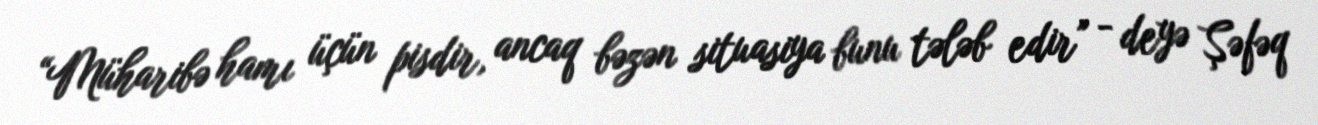
“Müharibə hamı üçün pisdir, ancaq bəzən situasiya bunu tələb edir” - deyə Şəfəq